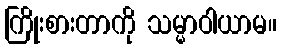
ကြိုးစားတာကို သမ္မာဝါယာမ။